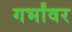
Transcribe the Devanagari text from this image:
गर्भांवर